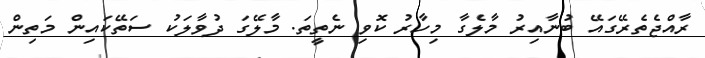
ރާއްޖެތެރޭގައޭ ބުނާއިރު މާލެގާ މިހާރު ކޮވި ނެތީތަ. މާލޭގަ ދުވާލަކު ސަތޭކައިން މަތިން